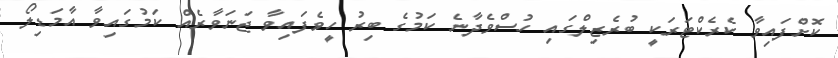
ކޮށްފައިވާ ކެރެކްޓަރަކީ ބުރެޒިލްގައި ހުސްވެދާނެ ކަމުގެ ބިރު ހީވެފައިވާ ޖަނަވާރެއް ކަމުގައިވާ އާމަޑިލޯ